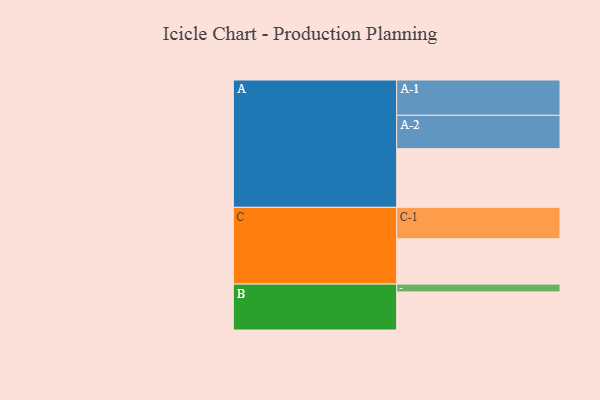
{"axis": {"x": "Segment", "y": "Value"}, "legend": ["", "A", "B", "C"], "data": [{"x": "A", "y": 465, "type": ""}, {"x": "B", "y": 302, "type": ""}, {"x": "C", "y": 360, "type": ""}, {"x": "A-1", "y": 280, "type": "A"}, {"x": "A-2", "y": 265, "type": "A"}, {"x": "B-1", "y": 62, "type": "B"}, {"x": "C-1", "y": 249, "type": "C"}]}